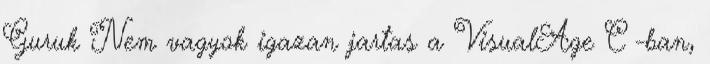
Guruk Nem vagyok igazan jartas a VisualAge C -ban,